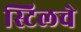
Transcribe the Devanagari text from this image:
स्टिलचे